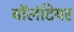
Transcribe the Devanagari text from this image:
वाॅलंटियर